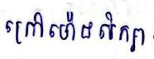
ក្រៅម៉ោងសិក្សា